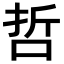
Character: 哲